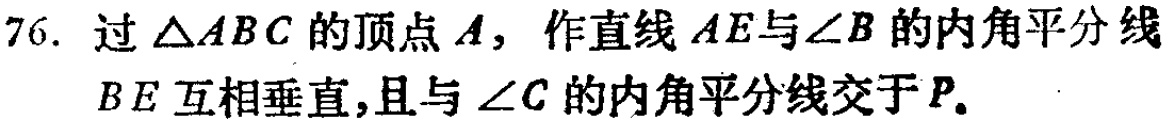
76. 过\(\triangle ABC\)的顶点\(A\)，作直线\(AE\)与\(\angle B\)的内角平分线\(BE\)互相垂直，且与\(\angle C\)的内角平分线交于\(P\)。